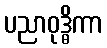
ပညာဝုဒ္ဓိကာ